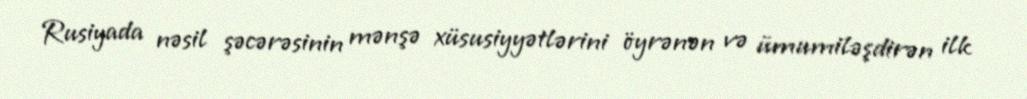
Rusiyada nəsil şəcərəsinin mənşə xüsusiyyətlərini öyrənən və ümumiləşdirən ilk